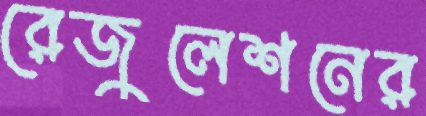
রেজুলেশনের